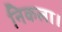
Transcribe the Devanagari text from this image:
निकला।